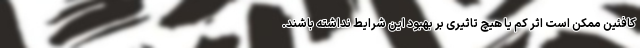
کافئین ممکن است اثر کم یا هیچ تاثیری بر بهبود این شرایط نداشته باشند.